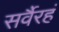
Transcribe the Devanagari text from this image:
सर्वैरहं